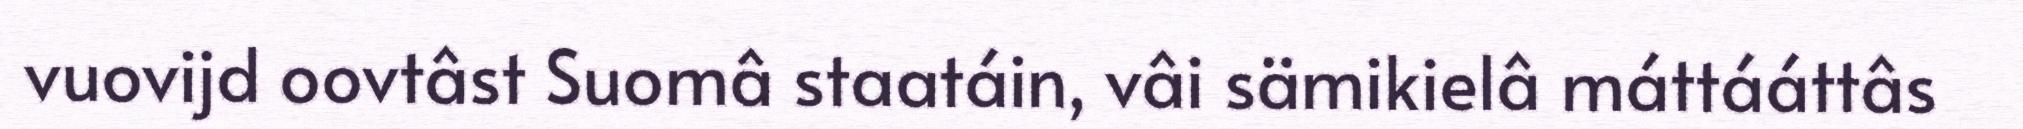
vuovijd oovtâst Suomâ staatáin, vâi sämikielâ máttááttâs